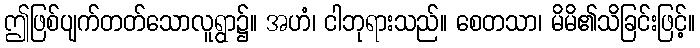
ဤဖြစ်ပျက်တတ်သောလူရွာ၌။ အဟံ၊ ငါဘုရားသည်။ စေတသာ၊ မိမိ၏သိခြင်းဖြင့်။